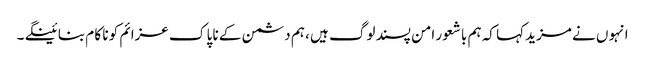
انہو ں نے مزید کہا کہ ہم باشعور امن پسند لوگ ہیں ، ہم دشمن کے نا پا ک عزائم کو نا کا م بنا ئینگے ۔